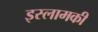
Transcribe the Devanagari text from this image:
इस्लामकी